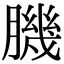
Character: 𦠄